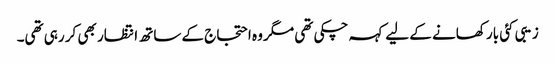
زیبی کئی بار کھانے کے لیے کہہ چکی تھی مگر وہ احتجاج کے ساتھ انتظار بھی کر رہی تھی۔